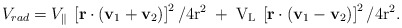
\begin{align*}V_{rad} = V_{\|}\:\left[\bf r \cdot \left(v_{\rm 1 } + v_{\rm 2} \right)\right]^{\rm 2} / 4 \rm r^{2} \; + \; V_{L} \:\left[\bf r \cdot \left(v_{\rm 1} - v_{\rm 2} \right) \right]^{\rm 2} / 4 \rm r^{2}.\end{align*}